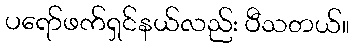
ပရော်ဖက်ရှင်နယ်လည်း ပီသတယ်။